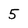
Character: 5